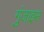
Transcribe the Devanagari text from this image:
गुंजाइस